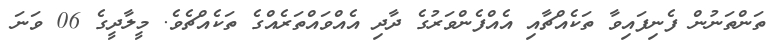
ތަންތަނުން ފެނިފައިވާ ތަކެއްޗާއި އެއްފެންވަރުގެ ދާދި އެއްވައްތަރެއްގެ ތަކެއްޗެވެ. މީލާދީގެ 06 ވަނަ